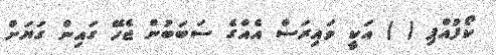
ކޯފުއްޕި ( ) އަކީ ވައިރަސް އެއްގެ ސަބަބުން ޖެހޭ ގައިން ގަޔަށް